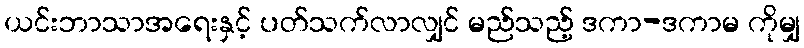
ယင်းဘာသာအရေးနှင့် ပတ်သက်လာလျှင် မည်သည့် ဒကာ-ဒကာမ ကိုမျှ